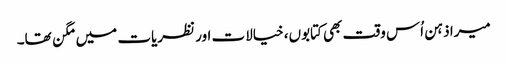
میرا ذہن اُس وقت بھی کتابوں، خیالات اور نظریات میں مگن تھا۔